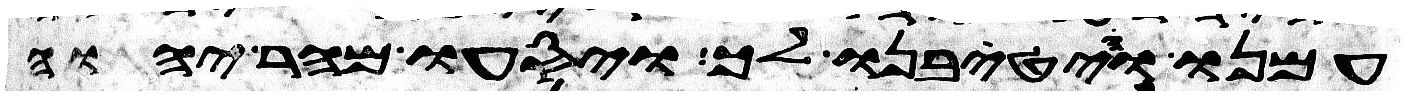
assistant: עמנו והטיבנו לך ויסעו מהר יהוה